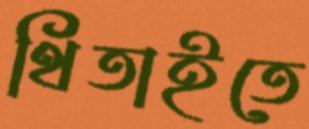
থিতাইতে